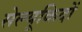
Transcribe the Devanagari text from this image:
सेल्यूकिदों